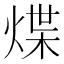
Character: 煠